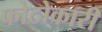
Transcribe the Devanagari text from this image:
फोटोकारी